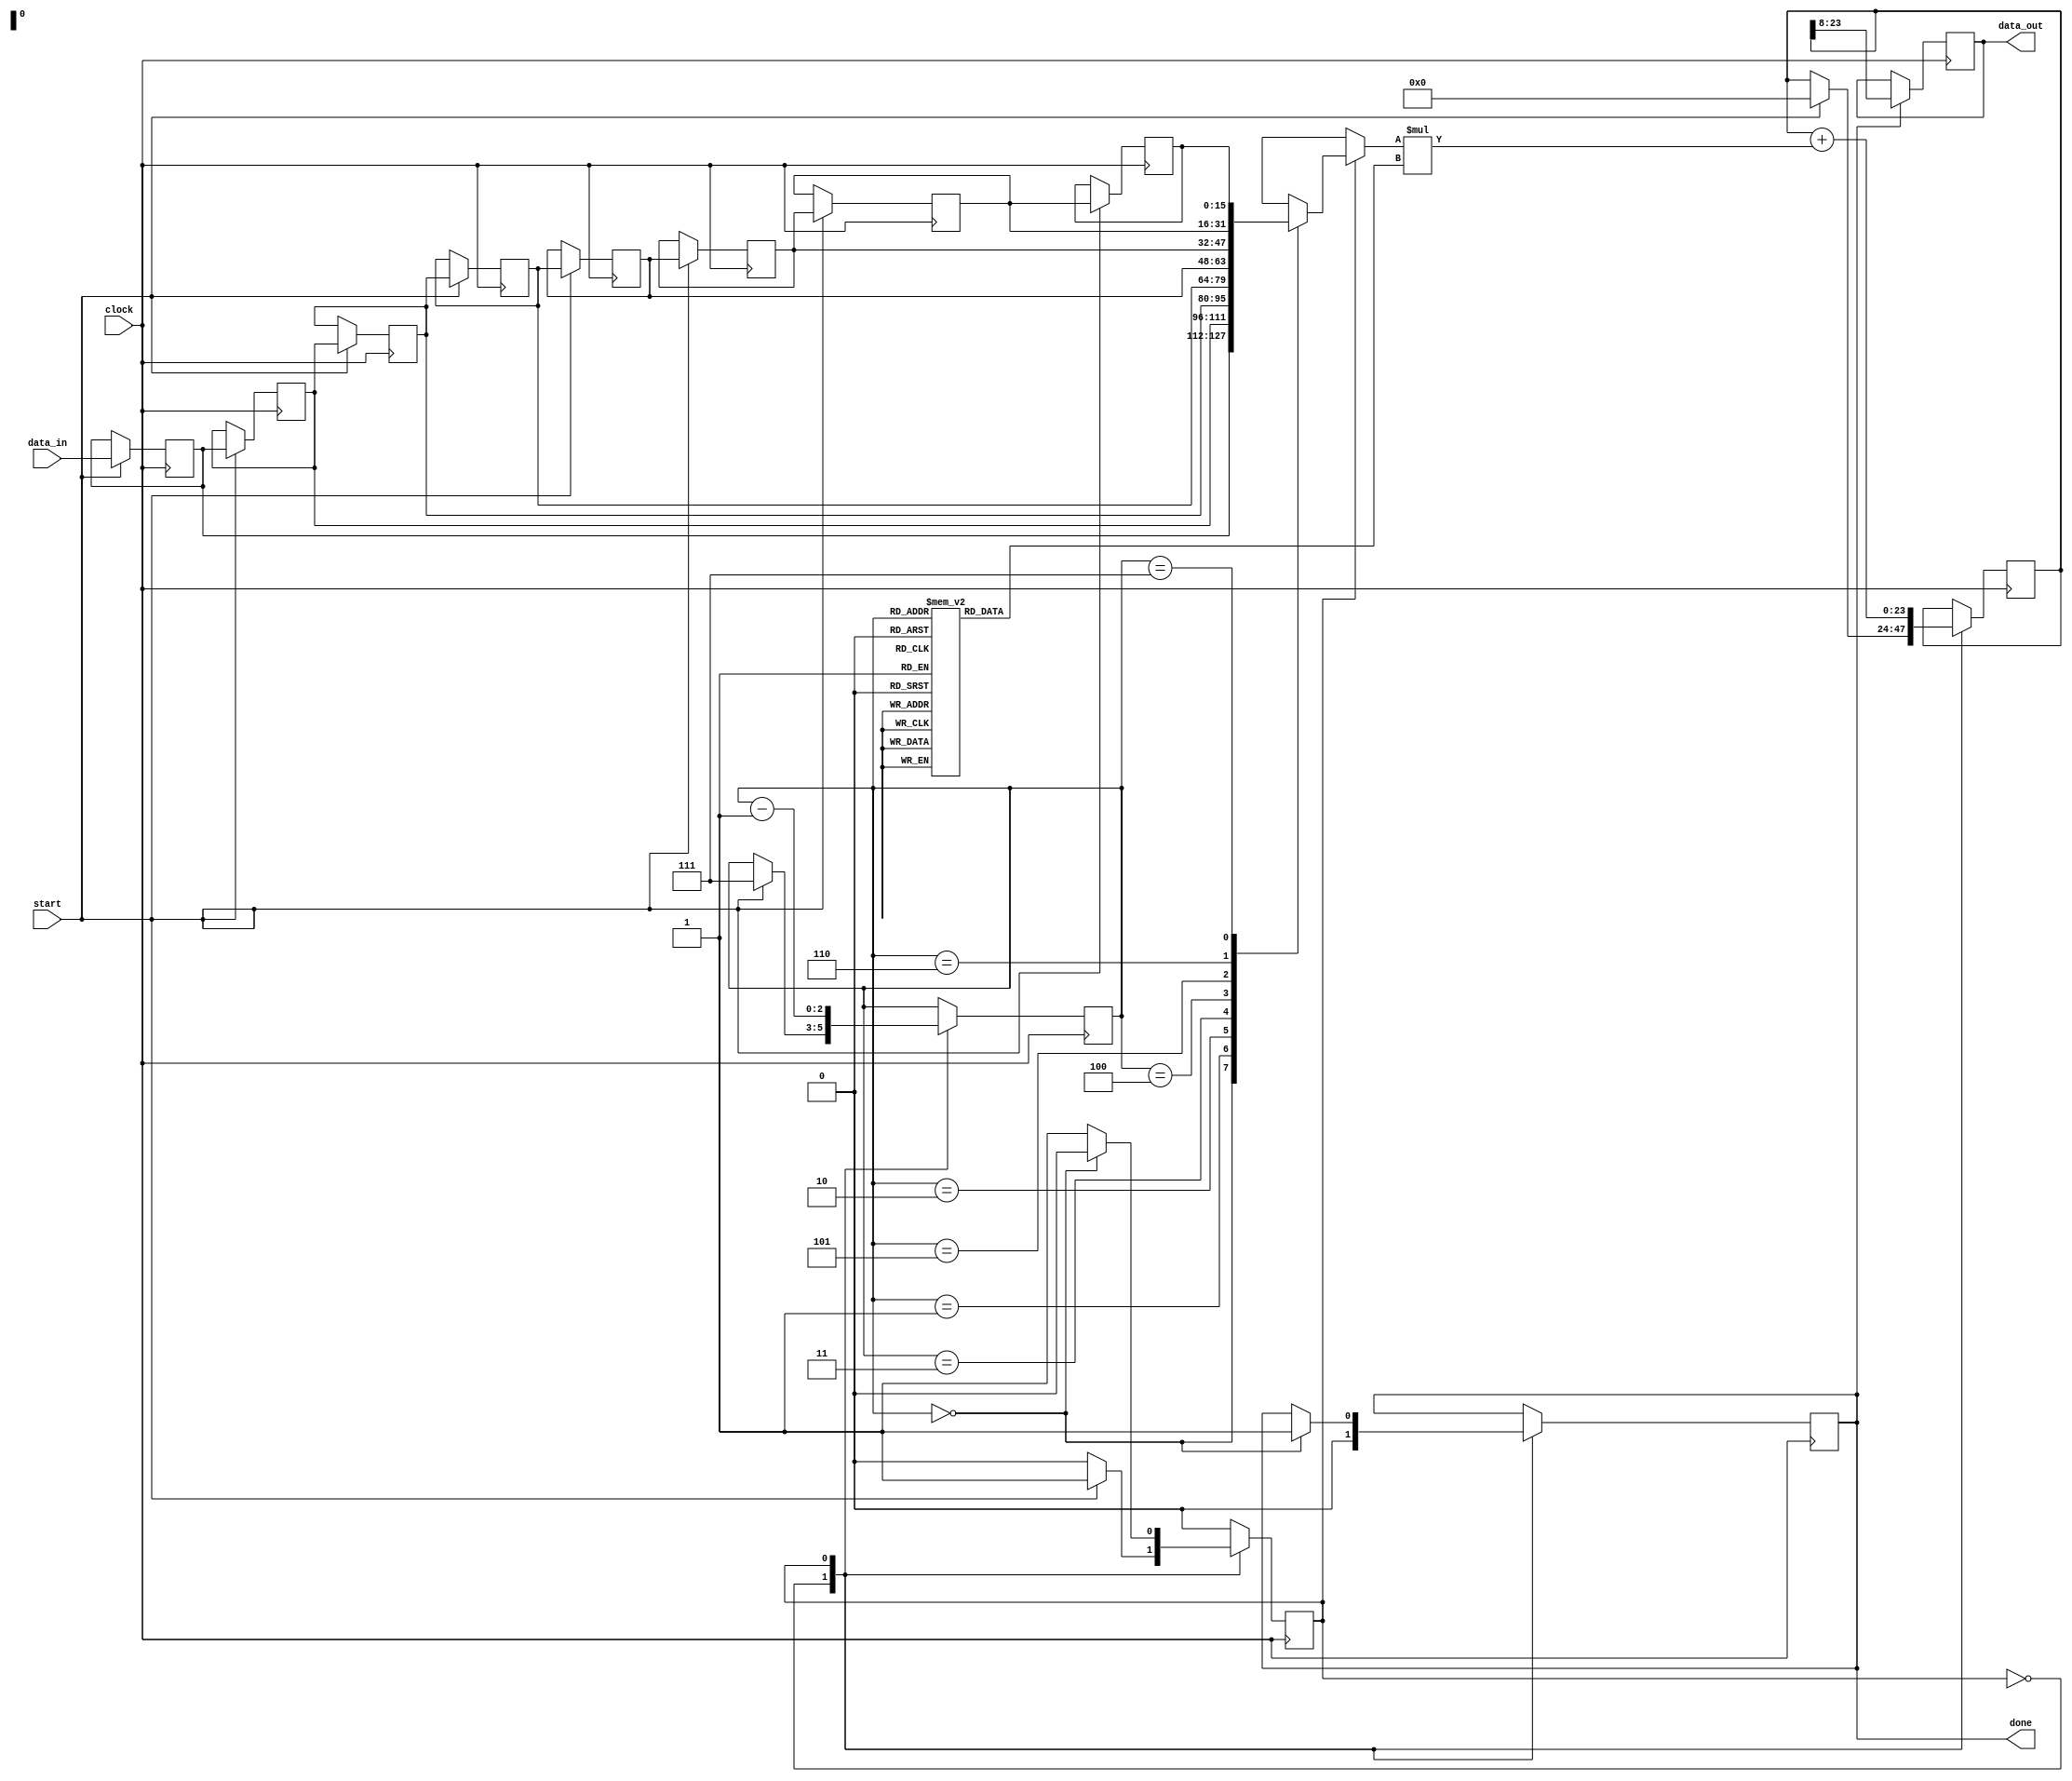
module filter(
        // Interface signals
        input clock,
        input start,
        output reg done,
        // Data Signals
        input  [15:0] data_in,
        output reg [15:0] data_out
    );
    // Coefficient Storage
    reg signed [7:0] coeff [7:0];
    reg signed [15:0] data  [7:0];
    // Counter for iterating through coefficients.
    reg [2:0] count;
    // Accumulator
    reg signed [23:0] acc;

    // State machine signals
    localparam IDLE = 0;
    localparam RUN  = 1;

    reg state;

    initial begin
        coeff[0] = 2;
        coeff[1] = 12;
        coeff[2] = 42;
        coeff[3] = 71;
        coeff[4] = 71;
        coeff[5] = 42;
        coeff[6] = 12;
        coeff[7] = 2;
    end
    always @(posedge clock) begin : capture
        integer i;
        if (start) begin
            for (i = 0; i < 7 ; i = i+1) begin
                data[i+1] <= data[i];
            end
            data[0] <= data_in;
        end
    end
    always @(posedge clock) begin
        case (state)
            IDLE: begin
                done <= 1'b0;
                if (start) begin
                    count <= 7;
                    acc   <= 0;
                    state <= RUN;
                end
            end

            RUN: begin
                count <= count - 1'b1;
                acc   <= acc + data[count] * coeff[count];
                if (count == 0) begin
                    state <= IDLE;
                    done  <= 1'b1;
                end
            end
        endcase
    end
    always @(posedge clock) begin
        if (done) begin
            data_out <= acc[23:8];
        end
    end
endmodule